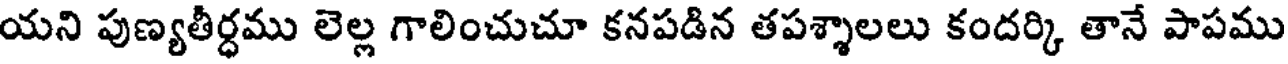
యని పుణ్యతీర్ధము లెల్ల గాలించుచూ కనపడిన తపశ్శాలలు కందర్కి తానే పాపము